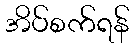
အိပ်စက်ရန်